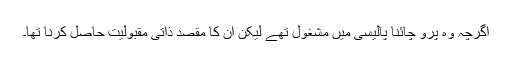
اگرچہ وہ پرو چائنا پالیسی میں مشغول تھے لیکن ان کا مقصد ذاتی مقبولیت حاصل کرنا تھا۔